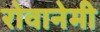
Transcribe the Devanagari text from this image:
रोवानेमी